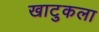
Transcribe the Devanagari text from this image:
खाटुकला